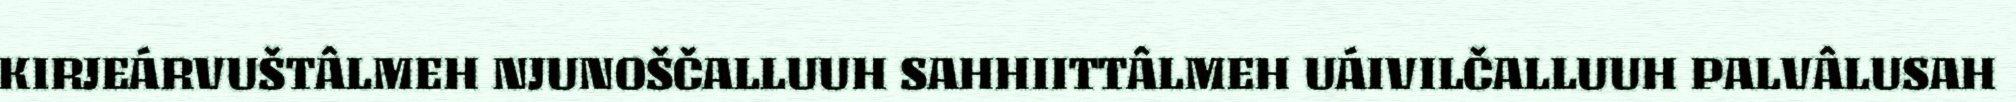
KIRJEÁRVUŠTÂLMEH NJUNOŠČALLUUH SAHHIITTÂLMEH UÁIVILČALLUUH PALVÂLUSAH